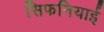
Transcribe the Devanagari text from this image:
सिफनियाई